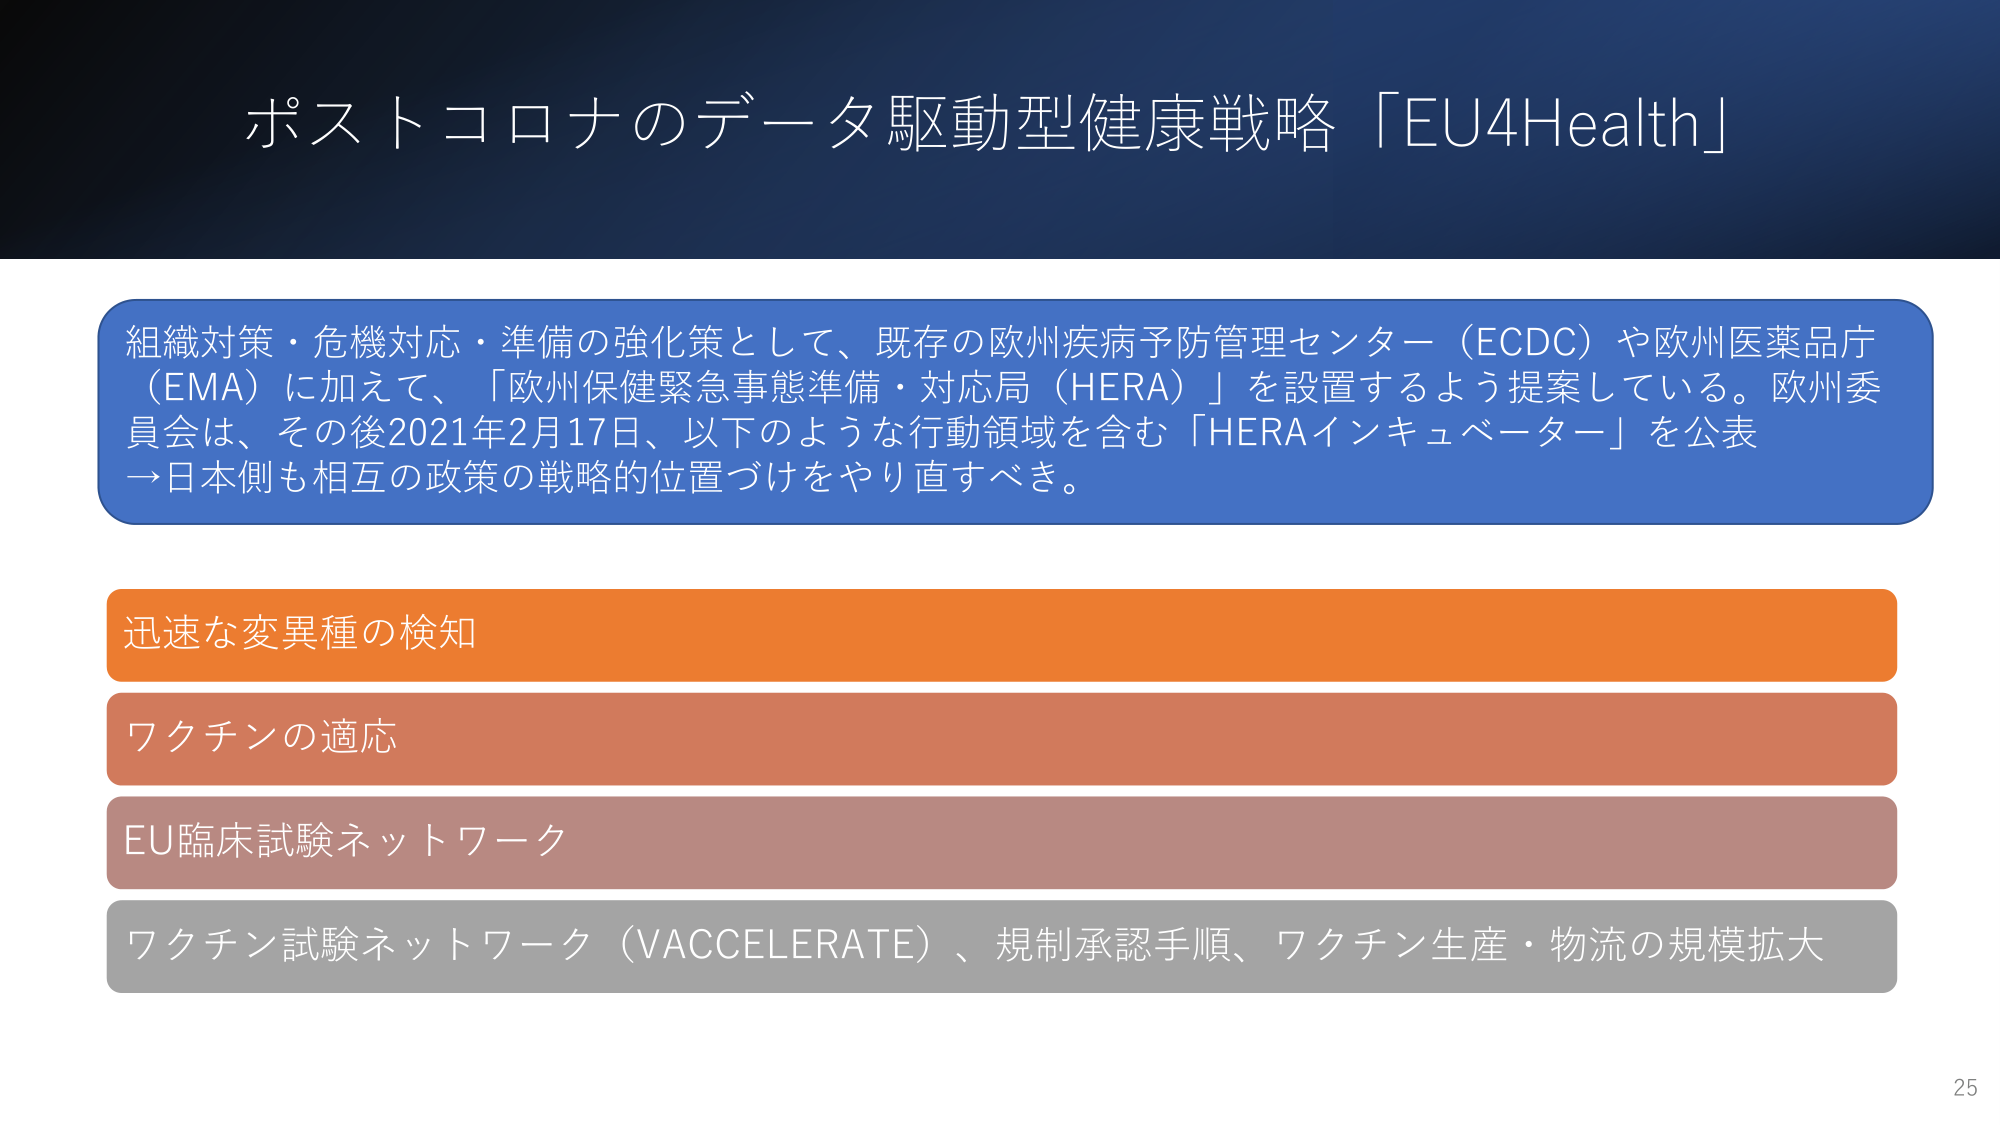
ポストコロナのデータ駆動型健康戦略「EU4Health」

組織対策・危機対応・準備の強化策として、既存の欧州疾病予防管理センター（ECDC）や欧州医薬品庁（EMA）に加えて、「欧州保健緊急事態準備・対応局（HERA）」を設置するよう提案している。欧州委員会は、その後2021年2月17日、以下のような行動領域を含む「HERAインキュベーター」を公表 →日本側も相互の政策の戦略的位置づけをやり直すべき。

迅速な変異種の検知
ワクチンの適応
EU臨床試験ネットワーク
ワクチン試験ネットワーク（VACCELERATE）、規制承認手順、ワクチン生産・物流の規模拡大

25